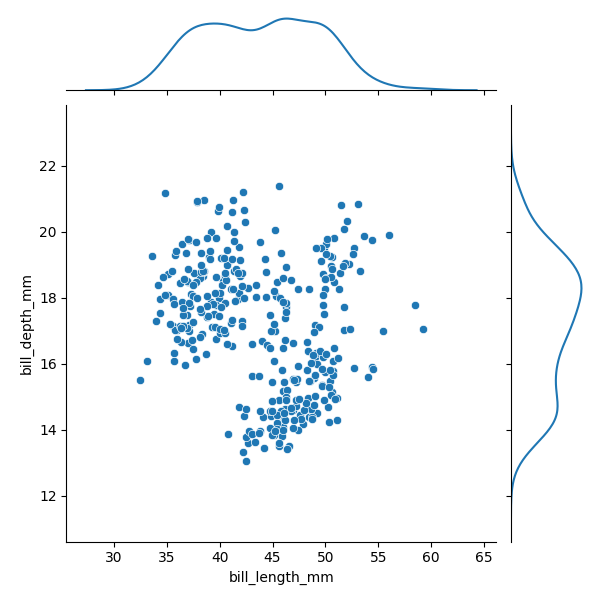
python, seaborn, JointGrid, scatterplot, kdeplot